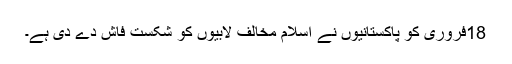
18فروری کو پاکستانیوں نے اسلام مخالف لابیوں کو شکست فاش دے دی ہے۔